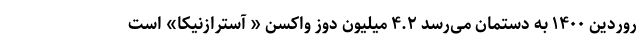
روردین ۱۴۰۰ به دستمان می‌رسد ۴.۲ میلیون دوز واکسن « آسترازنیکا» است